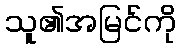
သူ၏အမြင်ကို